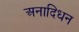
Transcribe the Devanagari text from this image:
अनादिधन